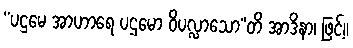
“ပဌမေ အာဟာရေ ပဌမော ဝိပလ္လာသော”တိ အာဒိနာ၊ ဖြင့်။